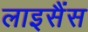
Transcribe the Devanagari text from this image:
लाइसैंस